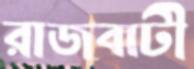
রাজবাটী